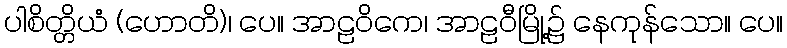
ပါစိတ္တိယံ (ဟောတိ)၊ ပေ။ အာဠဝိကေ၊ အာဠဝီမြို့၌ နေကုန်သော။ ပေ။